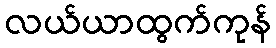
လယ်ယာထွက်ကုန်